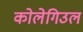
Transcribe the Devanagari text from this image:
कोलेगिउल